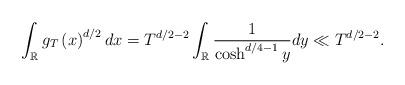
LaTeX: \begin{align*}\int_{\mathbb{R}}g_{T}\left(x\right)^{d/2}dx=T^{d/2-2}\int_{\mathbb{R}}\frac{1}{\cosh^{d/4-1}y}dy\ll T^{d/2-2}.\end{align*}